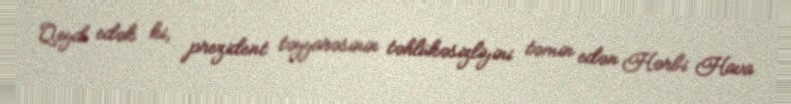
Qeyd edək ki, prezident təyyarəsinin təhlükəsizliyini təmin edən Hərbi Hava